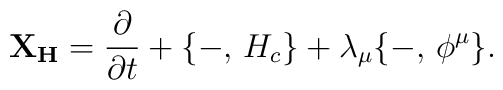
{\bf X_{H}} = {\partial \over \partial t} + \{ -, \, H_{c} \} + \lambda_{\mu}\{ -, \, \phi^{\mu}\}.